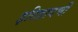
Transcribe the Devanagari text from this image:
इतिहादची